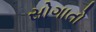
સોગાતો